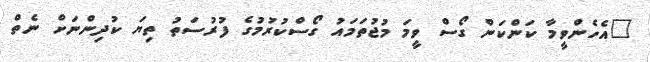
"އެހެންވީމާ ކަންކަން ގޯސް ވީމަ މުޖުތަމައު ގޯސްކުރުމުގެ ފުރުސަތު ތިޔަ ކުދިންނަށް ނެތް